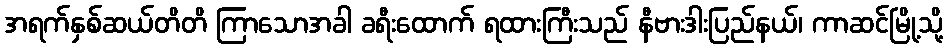
အရက်နှစ်ဆယ်တိတိ ကြာသောအခါ ခရီးထောက် ရထားကြီးသည် နီဗားဒါးပြည်နယ်၊ ကာဆင်မြို့သို့